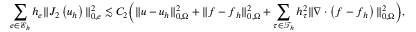
\sum _ { e \in \mathcal { E } _ { h } } h _ { e } \| J _ { 2 } \left( \boldsymbol { u } _ { h } \right) \| _ { 0 , e } ^ { 2 } \lesssim C _ { 2 } \Big ( \| \boldsymbol { u } - \boldsymbol { u } _ { h } \| _ { 0 , \Omega } ^ { 2 } + \| \boldsymbol { f } - \boldsymbol { f } _ { h } \| _ { 0 , \Omega } ^ { 2 } + \sum _ { \tau \in \mathcal { T } _ { h } } h _ { \tau } ^ { 2 } \| \nabla \cdot \left( \boldsymbol { f } - \boldsymbol { f } _ { h } \right) \| _ { 0 , \Omega } ^ { 2 } \Big ) ,